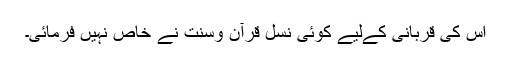
اس کی قربانی کےلیے کوئی نسل قرآن وسنت نے خاص نہیں فرمائی۔